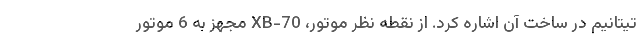
تیتانیم در ساخت آن اشاره کرد. از نقطه نظر موتور، XB-70 مجهز به 6 موتور